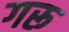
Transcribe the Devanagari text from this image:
गरू